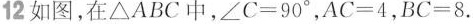
12如图，在\triangle ABC中，$$\angle